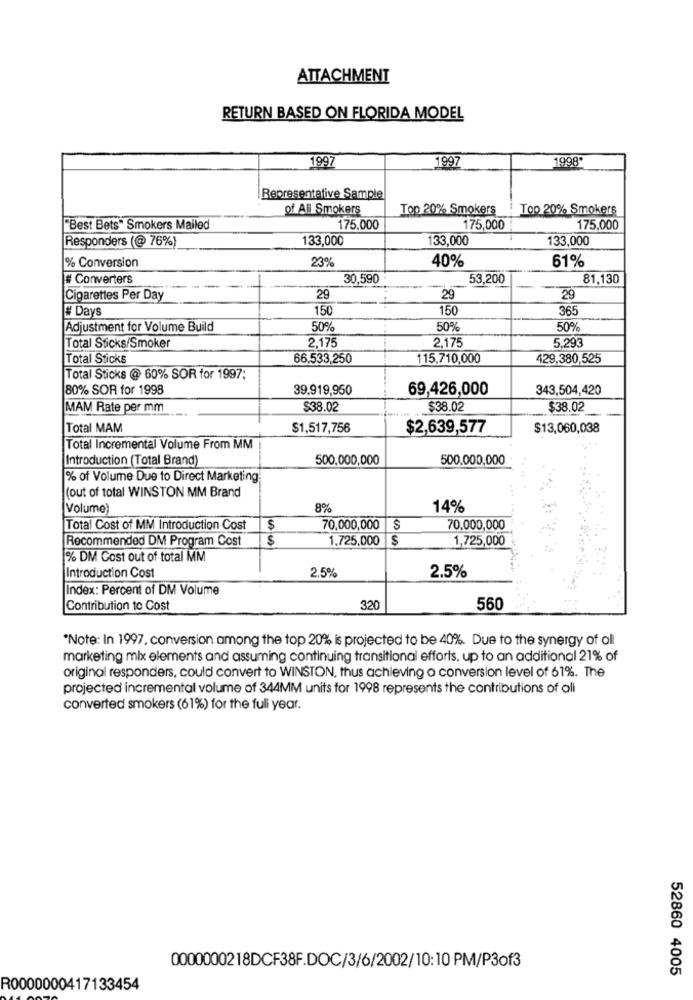
ATTACHMENT
RETURN BASED ON FLORIDA MODEL
1997
1997
1998"
Representative Sample
of All Smokers
Top 20% Smokers
Top 20% Smokers
"Best Bets" Smokers Mailed
175,000
175,000
175,000
Responders (@ 76%)
133,000
133,000
133,000
23%
40%
% Conversion
61%
# Converters
30,590
53,200
81,130
Cigarettes Per Day
29
29
29
# Days
150
150
365
Adjustment for Volume Build
50%
. .
50%
50%
2,175
5,293
Total Sticks/Smoker
2,175
Total Sticks
66.533,250
115,710,000
429,380,525
Total Sticks @ 60% SOR for 1997;
80% SOR for 1998
39.919,950
69,426,000
343,504,420
MAM Rate per mm
$38.02
$38.02
$38.02
Total MAM
$1,517,756
$2,639,577
$13,060,038
Total Incremental Volume From MM
Introduction (Total Brand)
500,000,000
500,000,000
% of Volume Due to Direct Marketing:
(out of total WINSTON MM Brand
Volume)
8%
14%
Total Cost of MM Introduction Cost
$
70,000,000
$
70,000,000
Recommended DM Program Cost
$
1.725.000
$
1,725,000
% DM Gost out of total MM
Introduction Cost
2.5%
2.5%
Index: Percent of DM Volume
Contribution to Cost
320
560
"Note: In 1997, conversion among the top 20% is projected to be 40%. Due to the synergy of all
marketing mix elements and assuming continuing transitional efforts, up to an additional 21% of
original responders, could convert to WINSTON, thus achieving a conversion level of 61%. The
projected incremental volume of 344MM units for 1998 represents the contributions of all
converted smokers (61%) for the full year.
0000000218DCF38F.DOC/3/6/2002/10:10 PM/P3of3
52860 4005
R0000000417133454